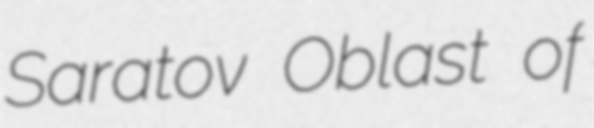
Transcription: Saratov Oblast of